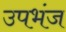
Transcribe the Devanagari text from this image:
उपभंज